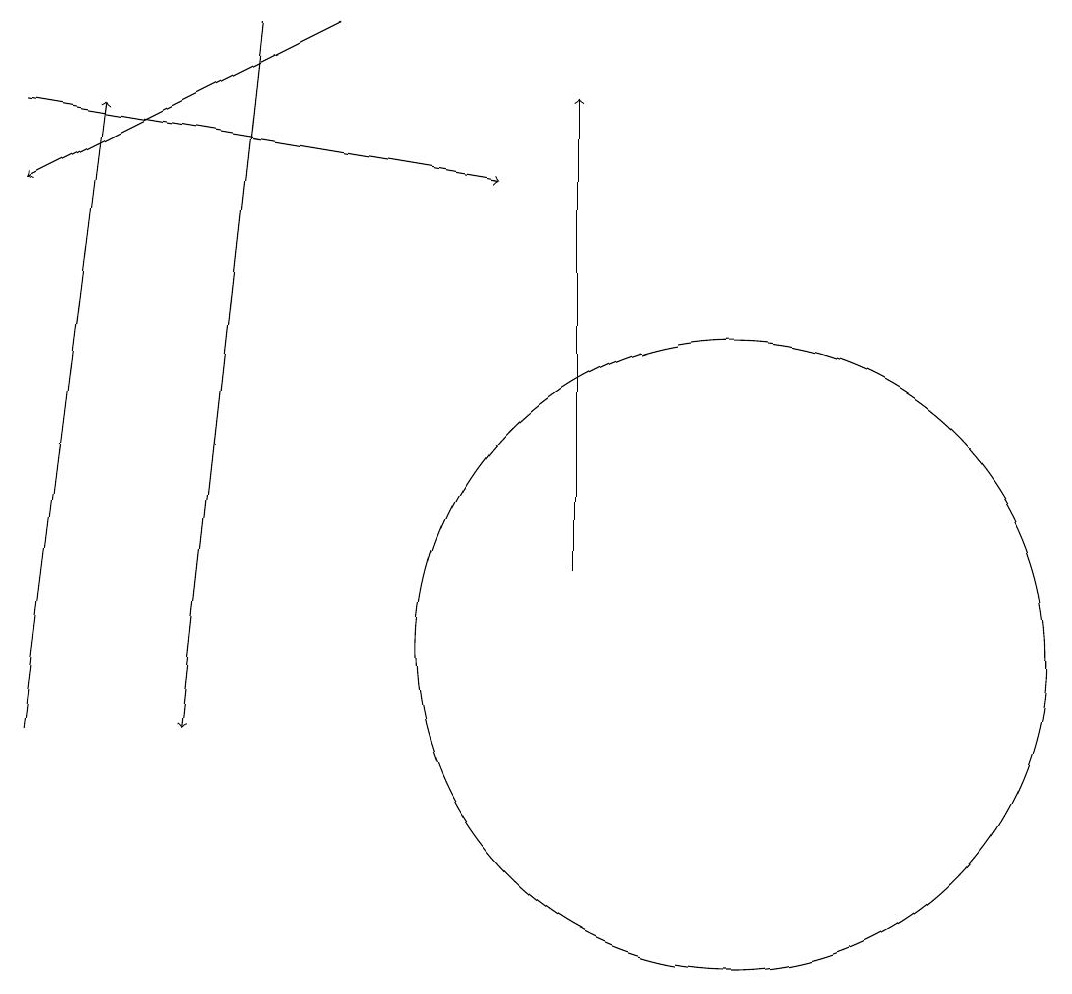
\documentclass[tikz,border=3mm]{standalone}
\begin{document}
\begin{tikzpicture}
\draw[->] (5,19) -- (4,10);
\draw[->] (9,12) -- (9,18);
\draw[->] (2,10) -- (3,18);
\draw[->] (2,18) -- (8,17);
\draw[->] (6,19) -- (2,17);
\draw (11,11) circle (4);
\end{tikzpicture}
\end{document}